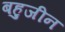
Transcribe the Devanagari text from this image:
बहुजीन